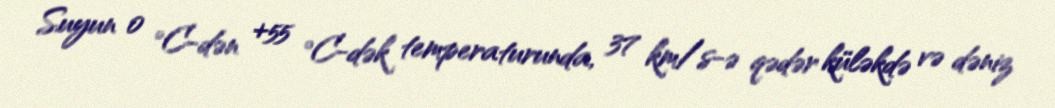
Suyun 0 °C-dən +55 °C-dək temperaturunda, 37 km/s-ə qədər küləkdə və dəniz